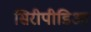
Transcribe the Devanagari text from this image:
सिरीपीडिआ